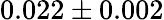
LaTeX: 0.022\pm 0.002